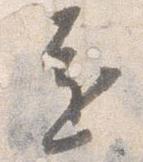
遠